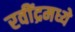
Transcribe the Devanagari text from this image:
रवींद्रमध्ये